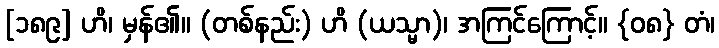
[၁၈၉] ဟိ၊ မှန်၏။ (တစ်နည်း) ဟိ (ယသ္မာ)၊ အကြင်ကြောင့်။ {၀၈} တံ၊